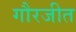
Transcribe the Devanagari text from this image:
गौरजीत